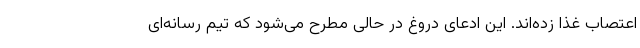
اعتصاب غذا زده‌اند. این ادعای دروغ در حالی مطرح می‌شود که تیم رسانه‌ای